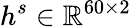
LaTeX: h^{s}\in\mathbb{R}^{60\times 2}